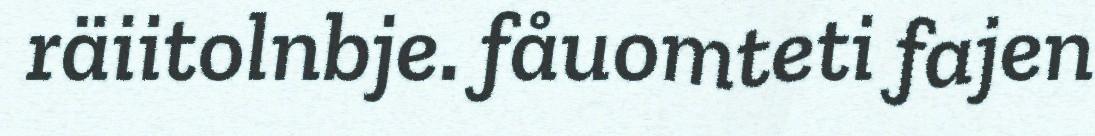
räiitolnbje. fåuomteti fajen